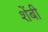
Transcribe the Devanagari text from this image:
शेंबी